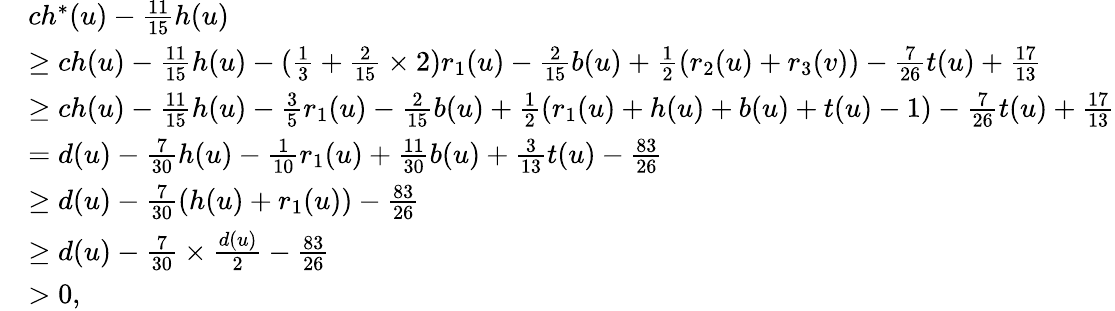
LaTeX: \begin{array}{rl}&{ch^{*}(u)-\frac{11}{15}h(u)}\\ &{\geq ch(u)-\frac{11}{15}h(u)-(\frac{1}{3}+\frac{2}{15}\times 2)r_{1}(u)-\frac{2}{15}b(u)+\frac{1}{2}(r_{2}(u)+r_{3}(v))-\frac{7}{26}t(u)+\frac{17}{13}}\\ &{\geq ch(u)-\frac{11}{15}h(u)-\frac{3}{5}r_{1}(u)-\frac{2}{15}b(u)+\frac{1}{2}(r_{1}(u)+h(u)+b(u)+t(u)-1)-\frac{7}{26}t(u)+\frac{17}{13}}\\ &{=d(u)-\frac{7}{30}h(u)-\frac{1}{10}r_{1}(u)+\frac{11}{30}b(u)+\frac{3}{13}t(u)-\frac{83}{26}}\\ &{\geq d(u)-\frac{7}{30}(h(u)+r_{1}(u))-\frac{83}{26}}\\ &{\geq d(u)-\frac{7}{30}\times\frac{d(u)}{2}-\frac{83}{26}}\\ &{>0,}\end{array}